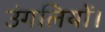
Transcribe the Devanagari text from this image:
उंगलियों।